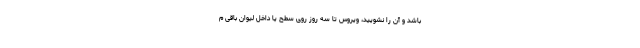
باشد و آن را نشویید، ویروس تا سه روز روی سطح یا داخل لیوان باقی م